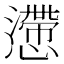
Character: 懘